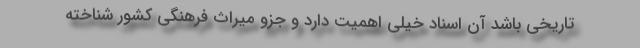
تاریخی باشد آن اسناد خیلی اهمیت دارد و جزو میراث فرهنگی کشور شناخته